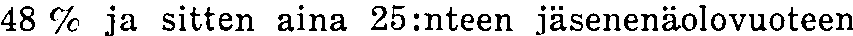
48 % ja sitten aina 25:nteen jäsenenäolovuoteen